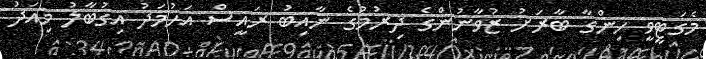
މެގަޓީވީ ހިންގާ ބާރަށު ޒުވާނުންގެ ދިރުމުގެ ނާއިބު ރައީސް އަހުމަދު އިގުބާލު މިއަދު